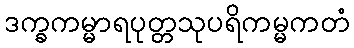
ဒက္ခကမ္မာရပုတ္တသုပရိကမ္မကတံ